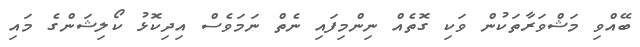
ބޭއްވި މަޝްވަރާތަކުން ވަކި ގޮތެއް ނިންމިފައި ނެތް ނަމަވެސް އިދިކޮޅު ކޯލިޝަންގެ މައި